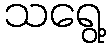
သရွေ့